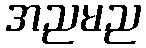
အညမည